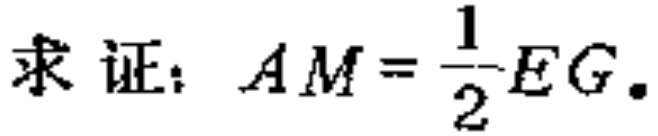
求证：$AM = \dfrac{1}{2}EG.$